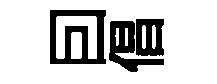
囙倡